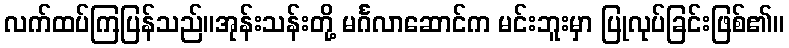
လက်ထပ်ကြပြန်သည်။အုန်းသန်းတို့ မင်္ဂလာဆောင်က မင်းဘူးမှာ ပြုလုပ်ခြင်းဖြစ်၏။